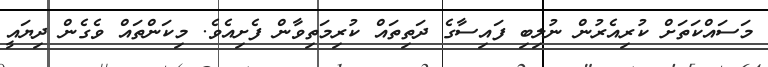
މަސައްކަތަށް ކުރިއެރުން ނުލިބި ފައިސާގެ ދަތިތައް ކުރިމަތިވާން ފެށިއެވެ. މިކަންތައް ވެގެން ދިޔައީ